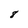
Character: 8